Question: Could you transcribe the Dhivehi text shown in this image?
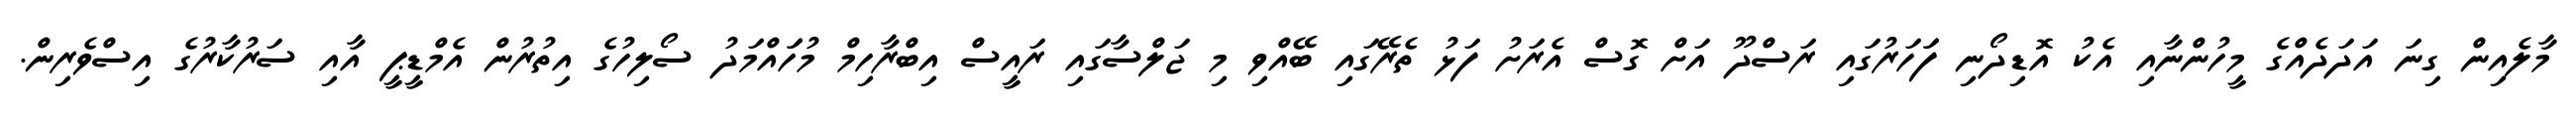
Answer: މާލެއިން ގިނަ އަދަދެއްގެ މީހުންނާއި އެކު އޮޑިދޯނި ފަަހަރުގައި ރަސްދޫ އަށް ގޮސް އެރަށު ފަޅު ތެރޭގައި ބޭއްވި މި ޖަލްސާގައި ރައީސް އިބްރާހިމް މުހަައްމަދު ސޯލިހުގެ އިތުރުން އެމްޑީޕީ އާއި ސަރުކާރުގެ އިސްވެރިން.